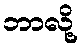
ဘာလို့